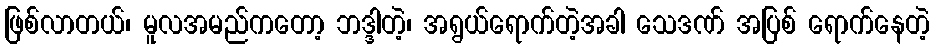
ဖြစ်လာတယ်၊ မူလအမည်ကတော့ ဘဒ္ဒါတဲ့၊ အရွယ်ရောက်တဲ့အခါ သေဒဏ် အပြစ် ရောက်နေတဲ့